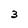
Character: 3